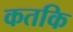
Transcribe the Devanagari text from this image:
कतकि